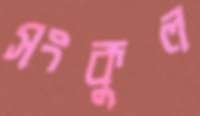
সংকুল